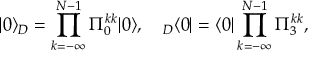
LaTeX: | 0 \rangle _ { D } = \prod _ { k = - \infty } ^ { N - 1 } \Pi _ { 0 } ^ { k k } | 0 \rangle , \quad { } _ { D } \langle 0 | = \langle 0 | \prod _ { k = - \infty } ^ { N - 1 } \Pi _ { 3 } ^ { k k } ,